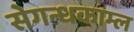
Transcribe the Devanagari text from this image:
सेगन्धकाम्ल